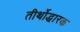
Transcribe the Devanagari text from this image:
तीर्थोद्धारक